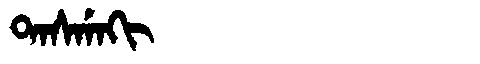
Manchu: ᡨᠠᠰᡤᠠᡴᡳ
Romanization: TASGAKI